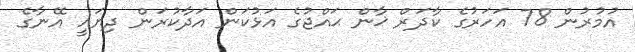
އުމުރުން 78 އަހަރުގެ ކާދަރް ޚާން ޙައްޖުގެ އަޅުކަން އަދާކުރަން ދިޔައީ އޭނާގެ